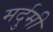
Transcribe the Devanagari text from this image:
मर्दुमी